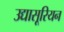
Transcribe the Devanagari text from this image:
उद्यासूरियन